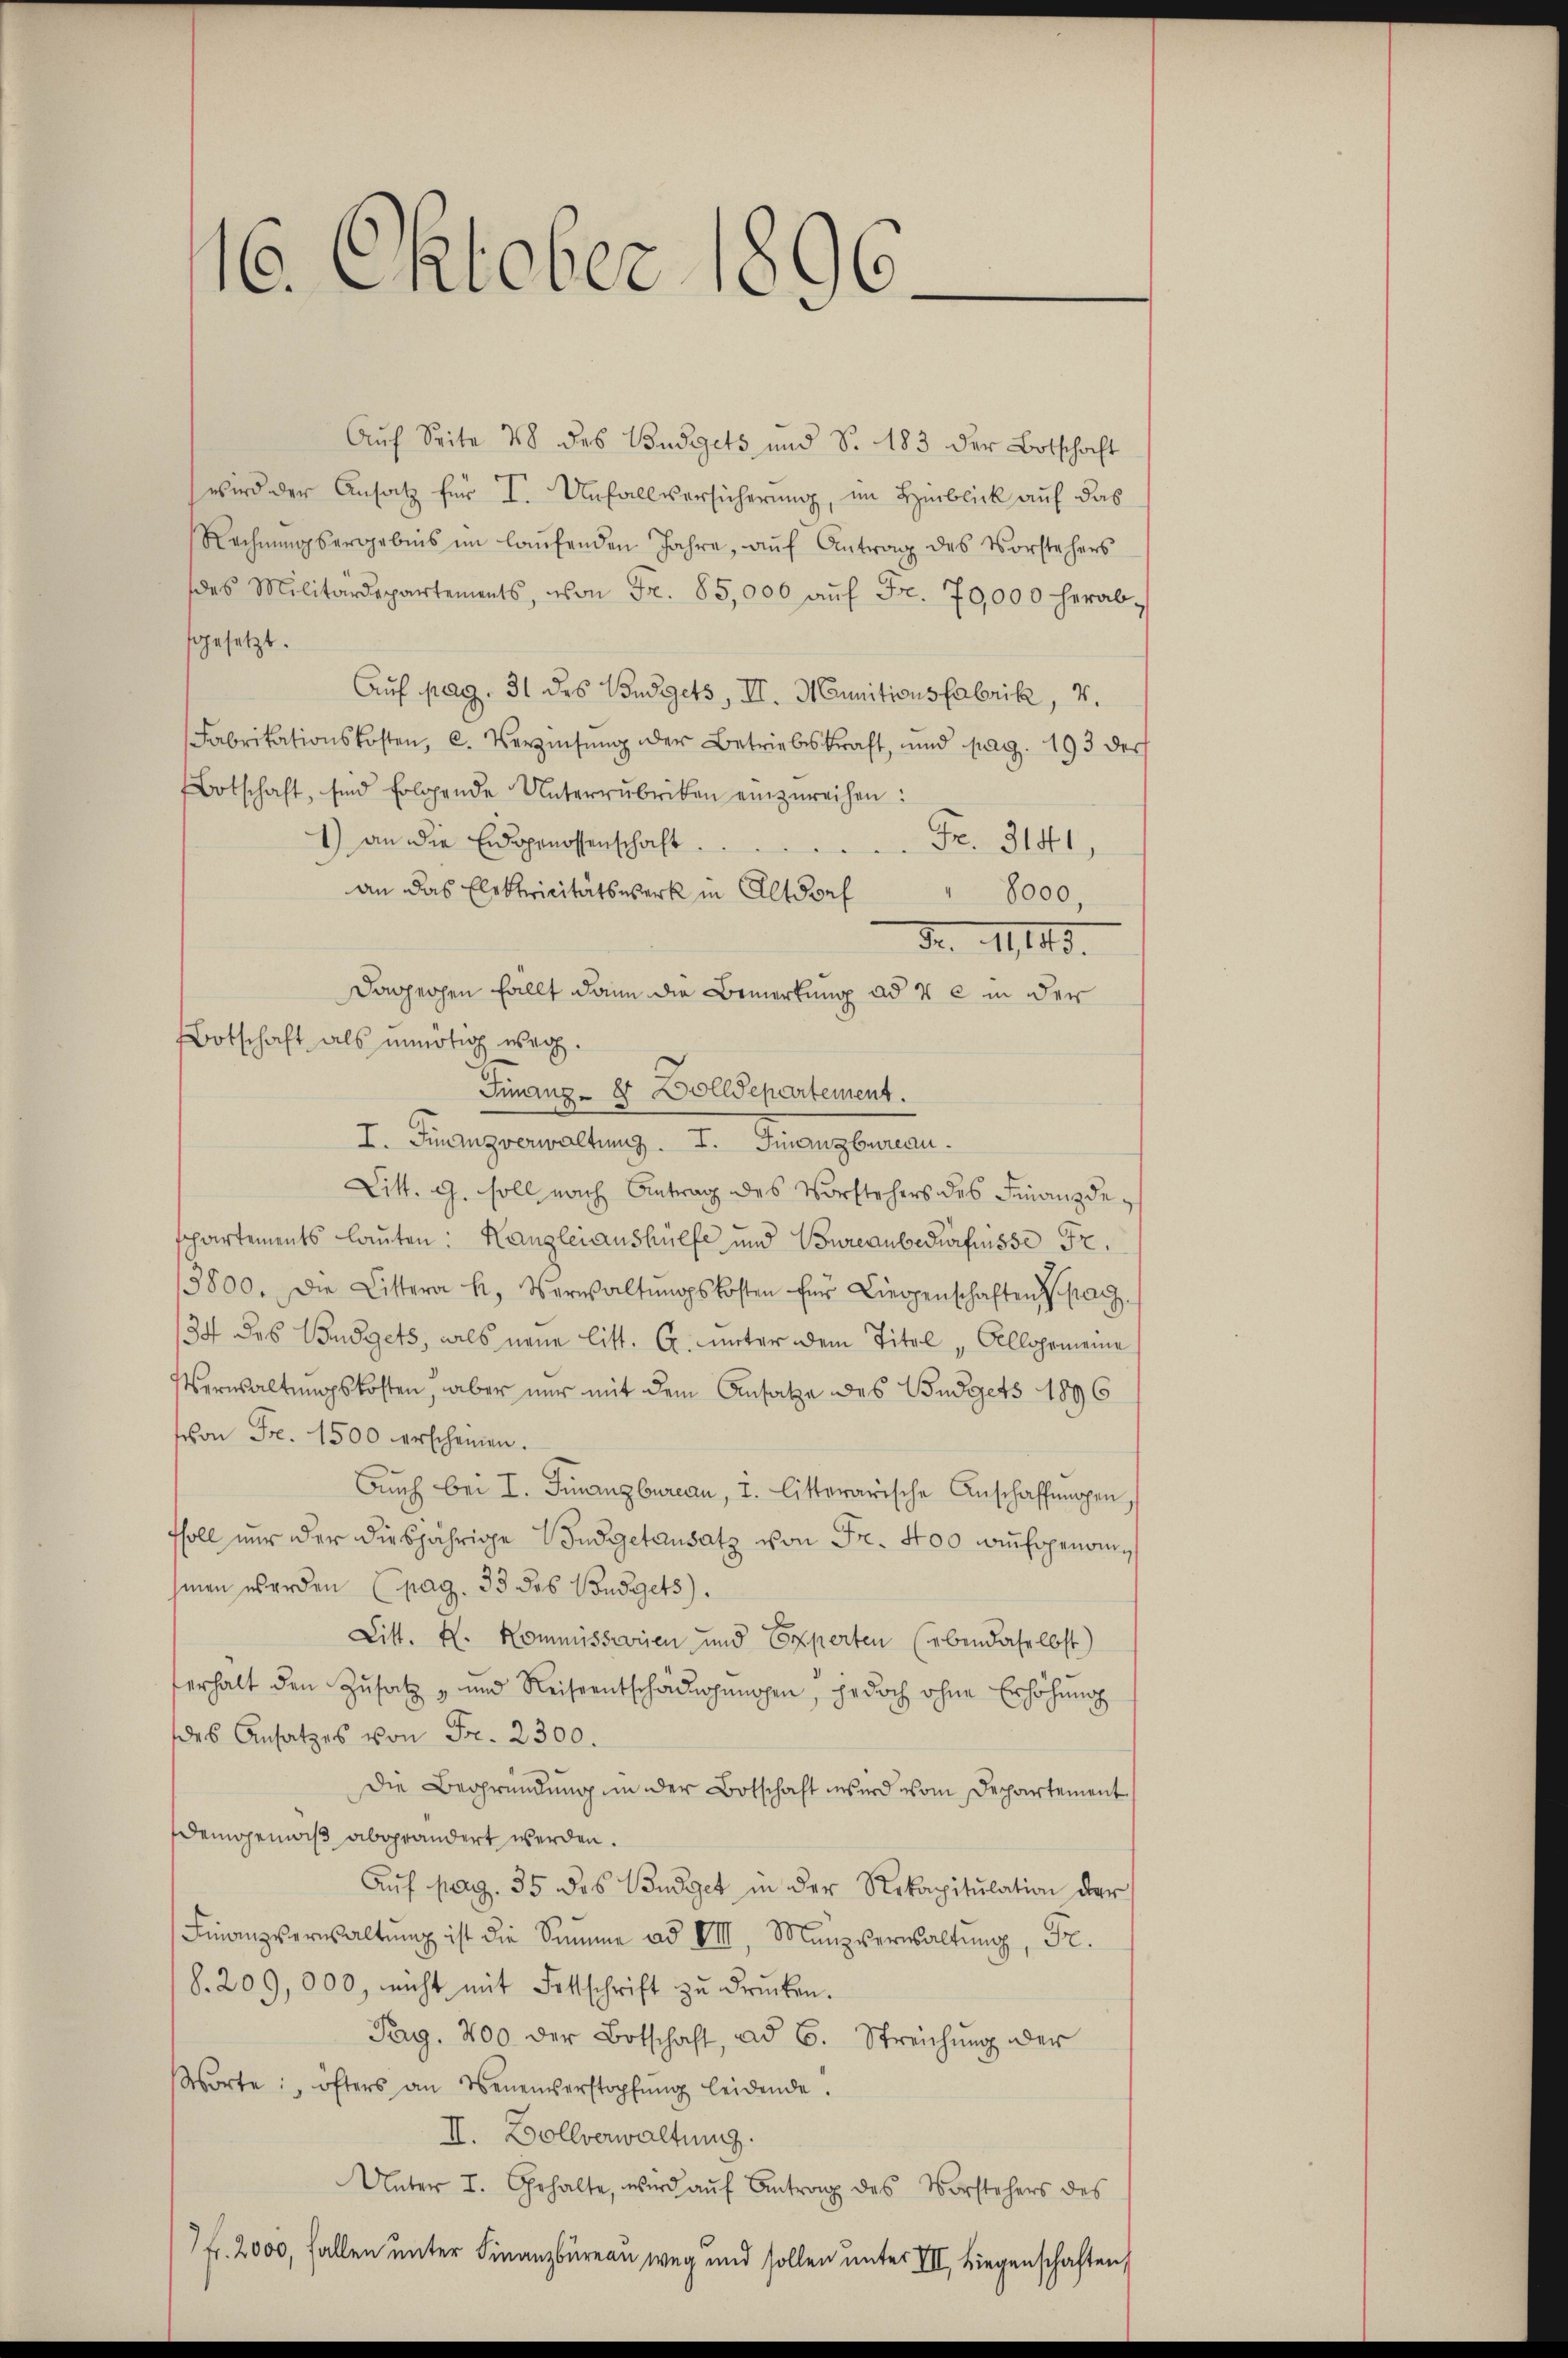
16. Oktober 1896.

Auf Seite 48 des Budgets und S. 183 der Botschaft
wird der Ansatz für I. Unfallversicherung, im Hinblick auf das
Rechnŭngsergebnis im laŭfenden Jahre, aŭf Antrag des Vorstehers
des Militärdepartements, von Fr. 85,000 aŭf Fr. 70,000 herab-
gesetzt.
Auf pag. 31 des Budgets, II. Munitionsfabrik, v.
Fabrikationskosten, c. Verzinsung der Betriebskraft, und pag. 193 der
Botschaft, sind folgende Unterzŭbriken einzŭreihen:
1) an die Eidgenossenschaft.
Fr. 311,
an das Elektricitätswerk in Altdorf
8000,
Fr. 1113.
Dagzechen Fallt dann die Bemerkung ad 42 in der
Botschaft als unnötig weg.
Finanz-V Dolldepartement.
I. Finanzverwaltung. I. Finanzbureau.
Litt. G. soll nach Antrag des Vorstehers des Finanzdeschartements lauten: Kanzleiaushülfe und Bureaubedürfnisse Fr.
5800. Die Littera h. Verwaltŭngskosten für Liegenschaften pag.
34 des Budgets, als neue litt. A. unter dem Titel „Allgemeine
Verwaltungskosten, aber nur mit dem Ansatze des Budgets 1896
schon Fr. 1500 erscheinen.
Aŭch bei I. Finanzbureau, I. litterarische Anschaffŭngen,
fsoll nur der diesjährige Budgetansatz von Fr. 400 auchsgenomhinen werden (pag. 33 des Budgets).
Litt. H. Kommissarien und Experten (abendaselbst)
erhalt den Zusatz " und Reiseentschädigungen, jedoch ohne Erhöhung
des Ansatzes von Fr. 2300.
Die Begründung in der Botschaft wird vom Departement
Demgenwiß abgeändert werden.
Aŭf pag. 35 des Budget in der Rekapitulation der
alt ist die Summe ad VII, Manzverwaltŭng, Fr.
§. 209,000, nicht mit Fettschrift zŭ drŭcken.
Pag. 200 der Botschaft, ad 6. Streichung der
Worte: öfters an Venenserstopfŭng leidende.
II. Zollverwaltung.
Unter I. Gehalte, wird aŭf Antrag des Vorstehers des
Fr. 2000, fallen unter Finanzbüreau weg und sollen unter III, Liegenschaften,